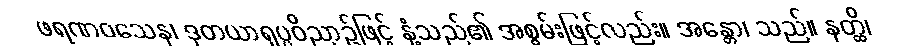
ဖရဏဝသေန၊ ဒုတယာရုပ္ပဝိညာဉ်ဖြင့် နှံ့သည်၏ အစွမ်းဖြင့်လည်း။ အန္တော၊ သည်။ နတ္ထိ၊